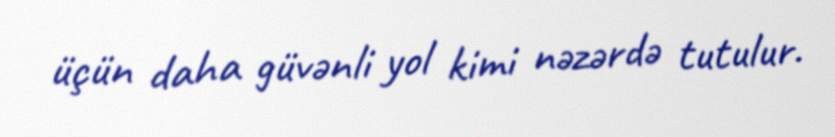
üçün daha güvənli yol kimi nəzərdə tutulur.